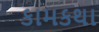
કામકથા